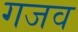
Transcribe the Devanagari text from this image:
गजव